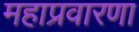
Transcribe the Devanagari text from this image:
महाप्रवारणा